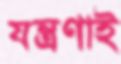
যন্ত্রণাই